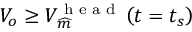
V _ { o } \geq V _ { \widehat { m } } ^ { \textrm { h e a d } } \left( t = t _ { s } \right)